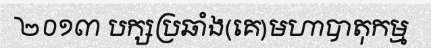
២០១៣ បក្សប្រឆាំង(គេ)មហាបាតុកម្ម